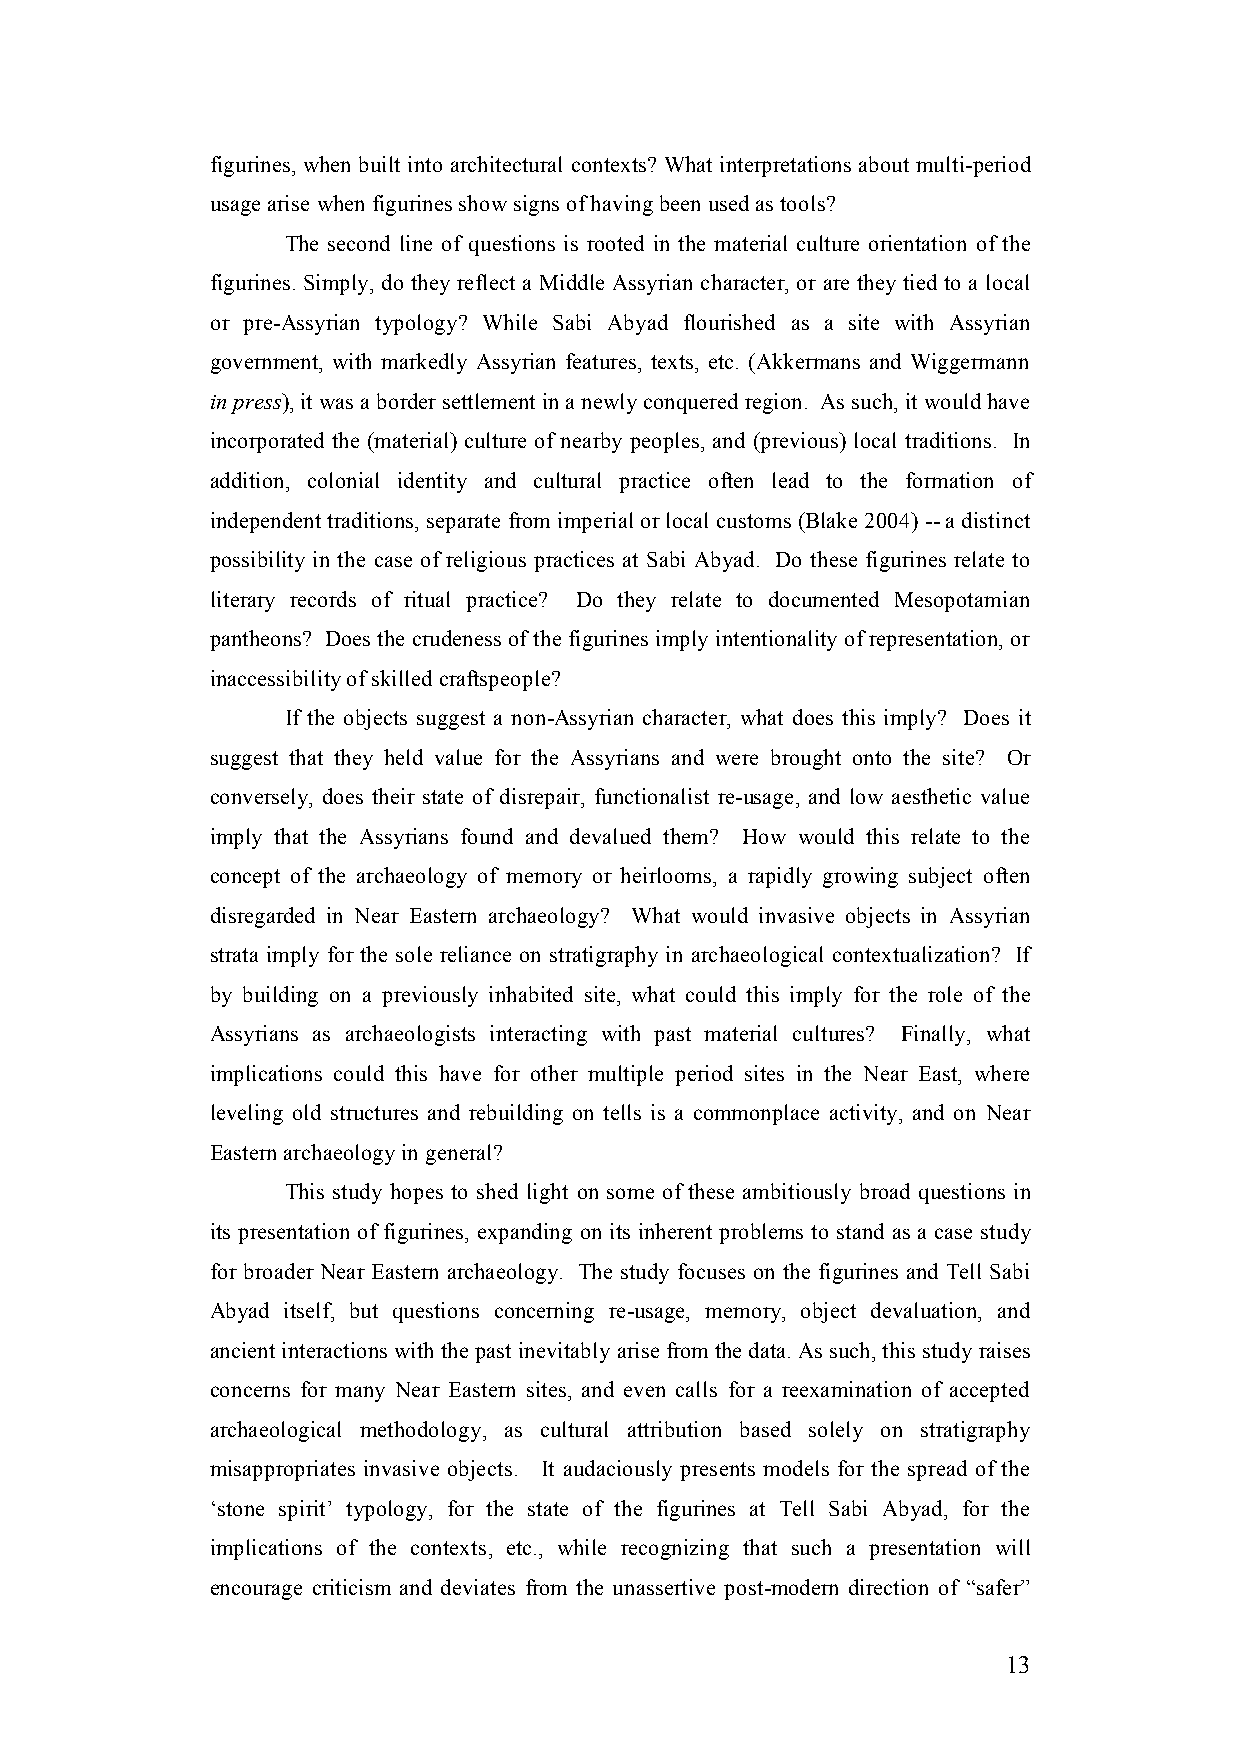
figurines, when built into architectural contexts? What interpretations about multi-period
 usage arise when figurines show signs of having been used as tools?
 The second line of questions is rooted in the material culture orientation of the
 figurines. Simply, do they reflect a Middle Assyrian character, or are they tied to a local
 or pre-Assyrian typology? While Sabi Abyad flourished as a site with Assyrian
 government, with markedly Assyrian features, texts, etc. (Akkermans and Wiggermann
 in press), it was a border settlement in a newly conquered region. As such, it would have
 incorporated the (material) culture of nearby peoples, and (previous) local traditions. In
 addition, colonial identity and cultural practice often lead to the formation of
 independent traditions, separate from imperial or local customs (Blake 2004) -- a distinct
 possibility in the case of religious practices at Sabi Abyad. Do these figurines relate to
 literary records of ritual practice? Do they relate to documented Mesopotamian
 pantheons? Does the crudeness of the figurines imply intentionality of representation, or
 inaccessibility of skilled craftspeople?
 If the objects suggest a non-Assyrian character, what does this imply? Does it
 suggest that they held value for the Assyrians and were brought onto the site? Or
 conversely, does their state of disrepair, functionalist re-usage, and low aesthetic value
 imply that the Assyrians found and devalued them? How would this relate to the
 concept of the archaeology of memory or heirlooms, a rapidly growing subject often
 disregarded in Near Eastern archaeology? What would invasive objects in Assyrian
 strata imply for the sole reliance on stratigraphy in archaeological contextualization? If
 by building on a previously inhabited site, what could this imply for the role of the
 Assyrians as archaeologists interacting with past material cultures? Finally, what
 implications could this have for other multiple period sites in the Near East, where
 leveling old structures and rebuilding on tells is a commonplace activity, and on Near
 Eastern archaeology in general?
 This study hopes to shed light on some of these ambitiously broad questions in
 its presentation of figurines, expanding on its inherent problems to stand as a case study
 for broader Near Eastern archaeology. The study focuses on the figurines and Tell Sabi
 Abyad itself, but questions concerning re-usage, memory, object devaluation, and
 ancient interactions with the past inevitably arise from the data. As such, this study raises
 concerns for many Near Eastern sites, and even calls for a reexamination of accepted
 archaeological methodology, as cultural attribution based solely on stratigraphy
 misappropriates invasive objects. It audaciously presents models for the spread of the
 ‘stone spirit’ typology, for the state of the figurines at Tell Sabi Abyad, for the
 implications of the contexts, etc., while recognizing that such a presentation will
 encourage criticism and deviates from the unassertive post-modern direction of “safer”
 13